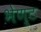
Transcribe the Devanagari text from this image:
भेण्ट